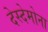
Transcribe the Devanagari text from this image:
देस्देमोना